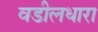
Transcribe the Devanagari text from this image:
वडीलधारा